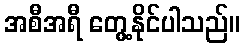
အစီအရီ တွေ့နိုင်ပါသည်။